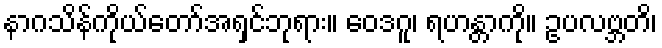
နာဂသိန်ကိုယ်တော်အရှင်ဘုရား။ ဝေဒဂူ၊ ရဟန္တာကို။ ဥပလဗ္ဘတိ၊